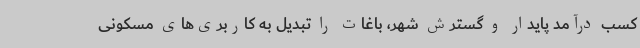
کسب درآمد پایدار و گسترش شهر، باغات را تبدیل به کاربری‌های مسکونی